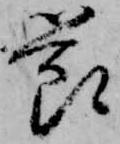
節